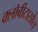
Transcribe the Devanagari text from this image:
क्लोबीटासोल